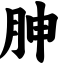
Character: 胂